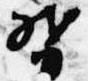
督